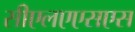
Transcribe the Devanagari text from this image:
सीएलएएसएस